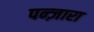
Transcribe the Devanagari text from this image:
पन्ज़ारा